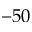
- 5 0